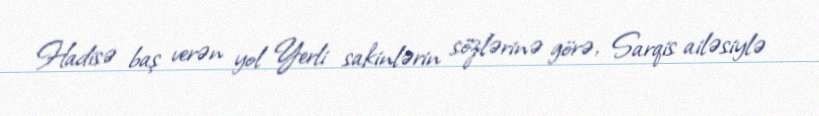
Hadisə baş verən yol Yerli sakinlərin sözlərinə görə, Sarqis ailəsiylə